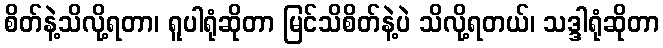
စိတ်နဲ့သိလို့ရတာ၊ ရူပါရုံဆိုတာ မြင်သိစိတ်နဲ့ပဲ သိလို့ရတယ်၊ သဒ္ဒါရုံဆိုတာ